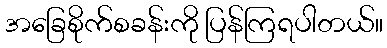
အခြေစိုက်စခန်းကို ပြန်ကြရပါတယ်။